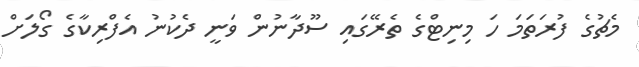
މެޗުގެ ފުރަތަމަ ހަ މިނިޓްގެ ތެރޭގައި ސޫދާނުން ވަނީ ދެކުނު އެފްރިކާގެ ގޯލަށް